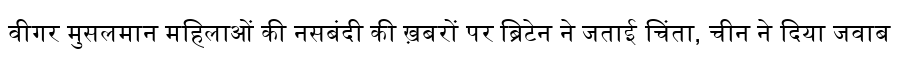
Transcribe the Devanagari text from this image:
वीगर मुसलमान महिलाओं की नसबंदी की ख़बरों पर ब्रिटेन ने जताई चिंता, चीन ने दिया जवाब